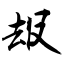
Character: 叝